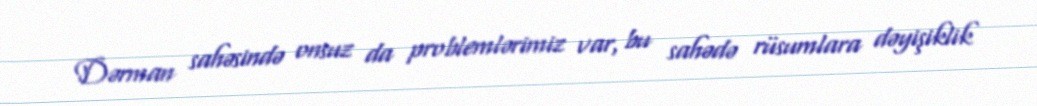
Dərman sahəsində onsuz da problemlərimiz var, bu sahədə rüsumlara dəyişiklik